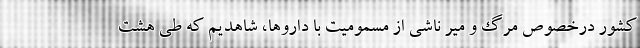
کشور درخصوص مرگ و میر ناشی از مسمومیت با داروها، شاهدیم که طی هشت